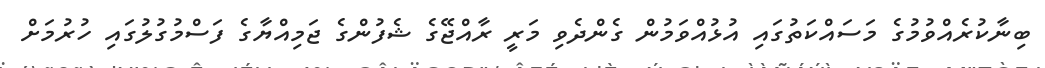
ބިނާކުރެއްވުމުގެ މަސައްކަތުގައި އުޅުއްވަމުން ގެންދެވި މަރީ ރާއްޖޭގެ ޝެފުންގެ ޖަމިއްޔާގެ ފަސްމުގުލުގައި ހުރުމަށް